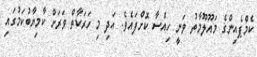
ކެމްޕެއިންގެ މައޫލޫމާތު ވަނީ ހިއްސާ ކޮށްފައެވެ. އަދި މި ހަރަކާތް ވަރަށް ކާމިޔާބުކަމުގައި